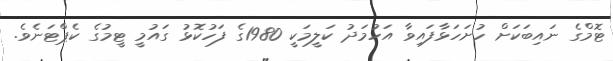
ޓޮމްގެ ނައިބަކަށް ހުށަހަޅާފައިވާ އަހުމަދު ކަލީމަކީ 1980ގެ ފަހުކޮޅު ގައުމީ ޓީމުގެ ކެޕްޓަނެވެ.